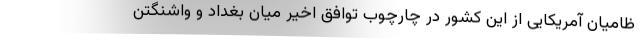
ظامیان آمریکایی از این کشور در چارچوب توافق اخیر میان بغداد و واشنگتن